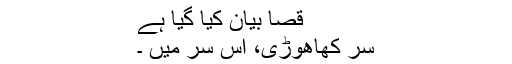
قصا بیان کیا گیا ہے
سر کھاھوڑی، اس سر میں ۔